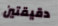
دقيقتين